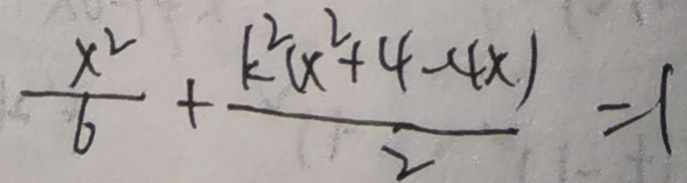
\frac { x ^ { 2 } } { 6 } + \frac { k ^ { 2 } ( x ^ { 2 } + 4 - 4 x ) } { 2 } = 1